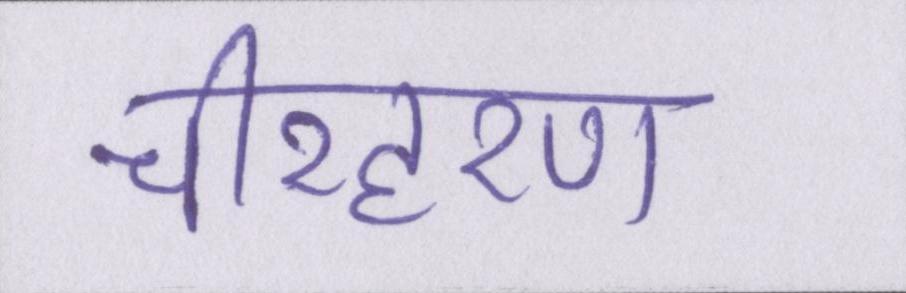
चीरहरण